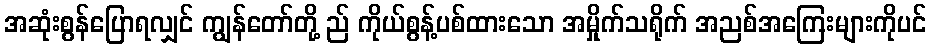
အဆုံးစွန်ပြောရလျှင် ကျွန်တော်တို့ ည် ကိုယ်စွန့်ပစ်ထားသော အမှိုက်သရိုက် အညစ်အကြေးများကိုပင်